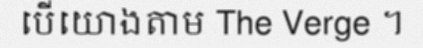
បើយោងតាម The Verge ។